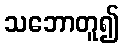
သဘောတူ၍